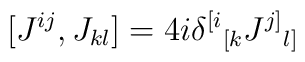
[J^{ij}, J_{kl}] = 4i\delta^{[i}{}_{[k} J^{j]}{}_{l]}